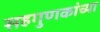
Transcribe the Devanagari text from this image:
सहगुणकांच्या